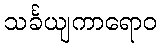
သင်္ခယျကာရောဝ